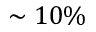
\sim 1 0 \%